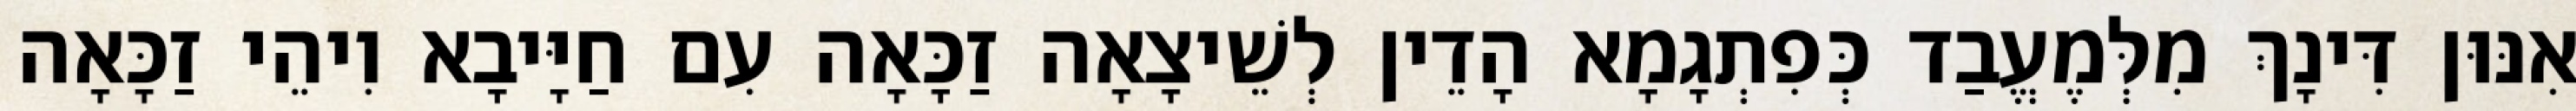
אִנּוּן דִּינָךְ מִלְּמֶעֱבַד כְּפִתְגָמָא הָדֵין לְשֵׁיצָאָה זַכָּאָה עִם חַיָּיבָא וִיהֵי זַכָּאָה